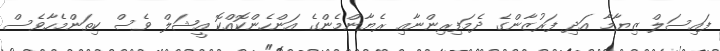
ފައިސަލް ޒިޔާމާ އަދި ފަރުޒާންގެ ދެމަފިރިންނާއި ރެޔާންމެންގެ އަންހެންކޮއްކޮ އީޝަލް ވެސް ކިތަންމެހާވެސް